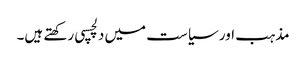
مذہب اور سیاست میں دلچسپی رکھتے ہیں۔